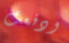
ودفعت